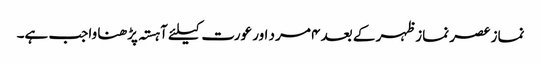
نماز عصر نماز ظہر کے بعد ۴ مرد اور عورت کیلئے آہستہ پڑھنا واجب ہے۔